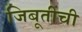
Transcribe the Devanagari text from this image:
जिबूतीची